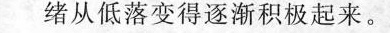
绪从低落变得逐渐积极起来。